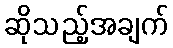
ဆိုသည့်အချက်